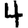
Digit: 4